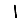
Digit: 1